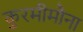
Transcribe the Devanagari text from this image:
कुरमीमौना